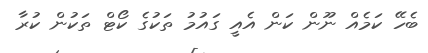
ބެހޭ ކަމެއް ނޫން ކަން އެއީ ގައުމު ތަކުގެ ކޯޓް ތަކުން ކުރާ